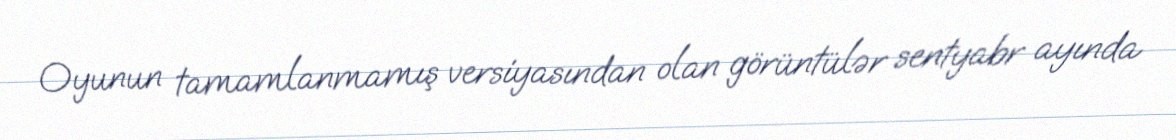
Oyunun tamamlanmamış versiyasından olan görüntülər sentyabr ayında